Medical and sanitary report of the native army of Bengal for the year
Year: 1875
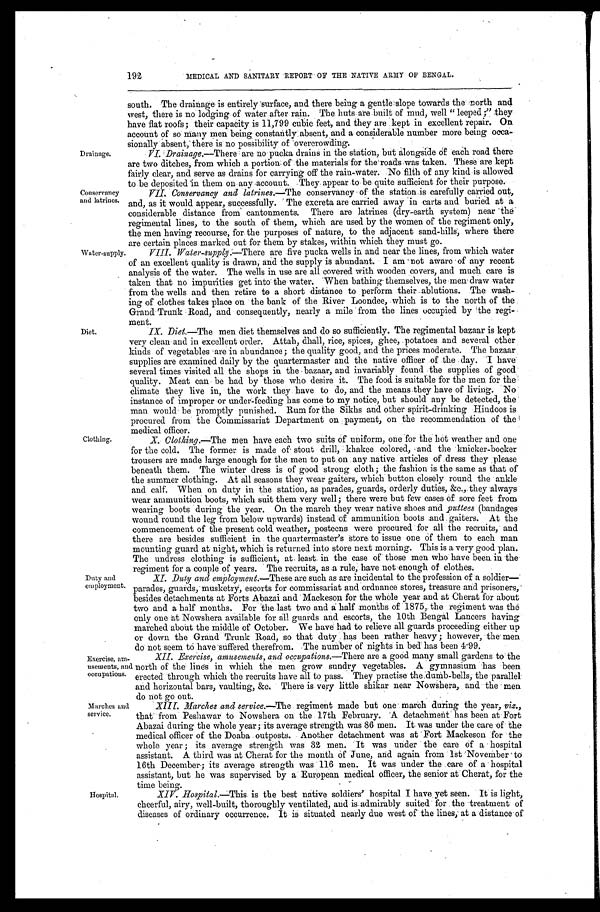
Drainage.
Conservancy
arid latrines.
Water-supply
Diet.
Clothing.
192
MEDICAL AND SANITARY REPORT OF THE NATIVE ARMY OF BENGAL.
south. The drainage is entirely surface, and there being a gentle slope towards the north and
west, there is no lodging of water after rain. The huts are built of mud, well "leeped;" they
have flat roofs; their capacity is 11,799 cubic feet, and they are kept in excellent repair. On
account of so many men being constantly absent, and a considerable number more being occa
- s i o n a l l y a b s e n t , t h e r e i s n o p o s s i b i l i t y o f o v e r c r o w d i n g .
VI. Drainage.—There are no pucka drains in the station, but alongside of each road there
are two ditches, from which a portion of the materials for the roads was taken. These are kept
fairly clear, and serve as drains for carrying off the rain-water. No filth of any kind is allowed
to be denosited in them on any account. They appear to be quite sufficient for their purpose.
VII. Conservancy and latrines.— The conservancy of the station is carefully carried out,
and, as it would appear, successfully. The excreta are carried away in carts and buried at a
considerable distance from cantonments. There are latrines (dry-earth system) near the
regimental lines, to the south of them, which are used by the women of the regiment only,
the men having recourse, for, the purposes of nature, to the adjacent sand-hills, where there
are certain places marked out for them by stakes, within which they must go.
VIII. Water-supply. — T h e r e a r e f i v e p u c k a w e l l s i n a n d n e a r t h e l i n e s , f r o m w h i c h w a t e r
of an excellent quality is drawn, and the supply is abundant. I am not aware of any recent
analysis of the water. The wells in use are all covered with wooden covers, and much care is
taken that no impurities get into' the water. 'When bathing themselves, the men draw water
from the wells and then retire to a short distance to perform their ablutions. The wash
- i n g of clothes takes place on the bank of the River Loondee, which is to the north of the
Grand Trunk Road, and consequently, nearly a mile from the lines occupied by the regi-
m e n t
IX. Diet.—The men diet themselves and do so sufficiently. The regimental bazaar is kept
very clean and in excellent order. Attah, dhall, rice, spices, ghee, potatoes and several other
kinds of vegetables are in abundance; the quality good, and the prices moderate. The bazaar
supplies are examined daily by the quartermaster and the native officer of the .day. I have
several times visited all the shops in the bazaar, and invariably found the supplies of good
quality. Meat can be had by those who desire it. The food is suitable for the men for the
climate they live in, the work they have to do, and the means they have of living. No
instance of improper or under-feeding has come to my notice; but should any be detected, the
man would be promptly punished. Rum for the Sikhs and other spirit-drinking Hindoos is
procured from the Commissariat Department on payment, on the recommendation of
t h e m e d i c a l o f f i c e r . X. Clothing.—The men have each two suits of uniform, one for the hot weather and one
for the cold. The former is made of stout drill, khakee colored, and the knicker-bocker
trousers are made l arge enough for the men ' to :put, on :any nati ve. arti cl es of . dress they , pl ease
beneath them. The winter dress is of good strong cloth; the fashion is the same as that of'
the summer clothing. At all seasons they wear gaiters, which button closely round the ankle
and calf. When on duty in the station, as parades, guards, orderly duties, &c.,_they always
wear ammunition boots, which suit them very well; there were but few cases of sore feet from
wearing boots during the year. On the march they wear native shoes and puttees (bandages
wound round the leg from below upwards) instead of ammunition boots .and gaiters. At the
commencement of the present cold weather, posteens were procured for all the recruits, and
there are besides sufficient in the quartermaster' s store to issue one of them to each man
mounting guard at night, which is returned into store next morning. This is a very good plan.
The undress clothing is sufficient, at. least. in the case of' those men who have been. in the
regiment for a couple of years. The recrui t s, as . a rul e, have not :enough of cl ot hes.
Duty and
employment.
Exercise, am
- u s e m e n t s , a n d occupations.
D
XI. Duty and employment.—These are such as are incidental to the profession of 'a soldier—
parades, guards, musketry, escorts for commissariat and ordnance stores, treasure and prisoners,
besides detachments at Forts Abazai and Mackeson for the whole year and at Cherat for about
two and a half months. For the last two and a half months of 1875, the regiment was the
only one at Nowshera available for all guards and escorts, the 10th Bengal Lancers having
marched about the middle of October. We have had to relieve all guards proceeding either up
or down the Grand Trunk Road, so that duty has been rather heavy ; however, the men
d o n o t s e e m t o h a v e s u f f e r e d t h e r e f r o m . T h e n u m b e r o f n i g h t s i n b e d h a s b e e n 4 . 9 9 .
_ X I I . E x e r c i s e , a m u s e m e n t s , a n d o c c u p a t i o n s
. — T h e r e a r e a g o o d m a n y s m a l l g a r d e n s t o t h e
north of the lines in which the men grow sundry vegetables. A gymnasium has been
erected through which the recruits have all to pass. They practise the, dumb-bells, the parallel
and horizontal bars, vaulting, &c. There is very little shikar near Nowshera, and the men
do not go out.
Marches and
service.
Hospital.
XIII. Marches and service.—The regiment made but one march during the year, viz.,
that from Peshawar to Nowshera on the 17th February. A detachment has been at Fort
Abazai during the Whole year; its average strength was 86 men. It-was under the care of the
medical officer of the Doaba outposts. Another detachment was at Fort Mackeson for the
whole year; its average strength was 32 men. It was under the care of a hospital
assistant. A third was at Cherat for the month of June, and again from 1st November to
16th December; its average strength was 116 men. It was under the .care of a hospital
assistant, but he was supervised by a: European medical officer, the senior at Cherat, for the
time being.
XIV. Hospital.—This is the best native soldiers' hospital I have yet seen. It is light,
cheerful, airy, well-built, thoroughly ventilated, and is admirably suited for the -treatment of
diseases of ordinary occurrence. It is situated nearly due west of the lines, at a distance of